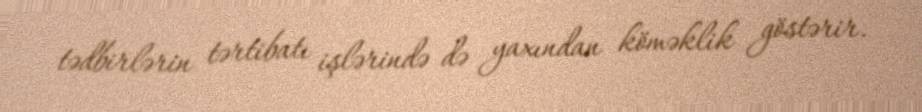
tədbirlərin tərtibatı işlərində də yaxından köməklik göstərir.